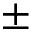
\pm